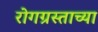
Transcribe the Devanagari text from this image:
रोगग्रस्ताच्या